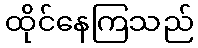
ထိုင်နေကြသည်